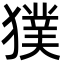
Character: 獛